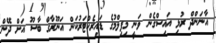
އާނަންދް ރުޅި އައިސްގެން ވަނީ މިފިލްމުގެ ޑައިރެކްޓަރުކަން އަނޫރާގް ބާސޫ އަށް ދޭން